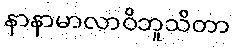
နာနာမာလာဝိဘူသိတာ